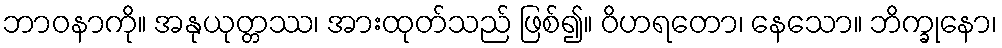
ဘာဝနာကို။ အနုယုတ္တဿ၊ အားထုတ်သည် ဖြစ်၍။ ဝိဟရတော၊ နေသော။ ဘိက္ခုနော၊